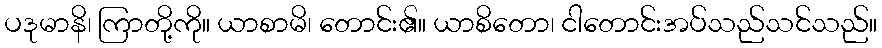
ပဒုမာနိ၊ ကြာတို့ကို။ ယာစာမိ၊ တောင်း၏။ ယာစိတော၊ ငါတောင်းအပ်သည်သင်သည်။